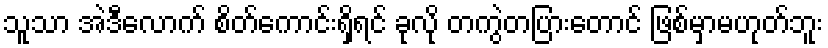
သူသာ အဲဒီလောက် စိတ်ကောင်းရှိရင် ခုလို တကွဲတပြားတောင် ဖြစ်မှာမဟုတ်ဘူး